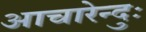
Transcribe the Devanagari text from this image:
आचारेन्दुः